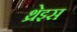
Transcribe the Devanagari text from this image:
थ्रेइस